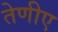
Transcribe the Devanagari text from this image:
तेणीए